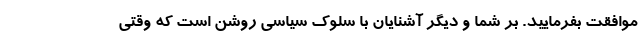
موافقت بفرمایید. بر شما و دیگر آشنایان با سلوک سیاسی روشن است که وقتی